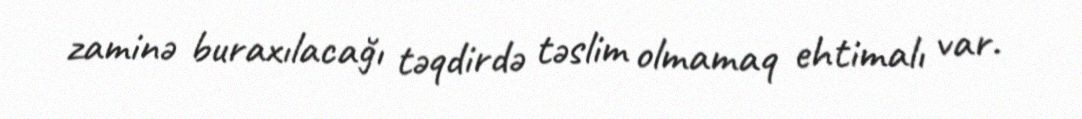
zaminə buraxılacağı təqdirdə təslim olmamaq ehtimalı var.